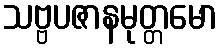
သဗ္ဗပဇာနမုတ္တမော